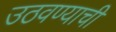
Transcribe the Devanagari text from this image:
उठवण्याची